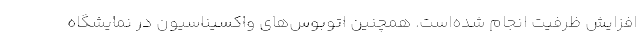
افزایش ظرفیت انجام شده‌است. همچنین اتوبوس‌های واکسیناسیون در نمایشگاه